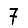
Digit: 7